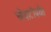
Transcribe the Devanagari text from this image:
चौपाटीपर्यंत